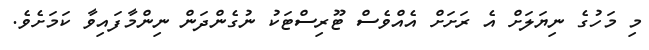
މި މަހުގެ ނިޔަލަށް އެ ރަށަށް އެއްވެސް ޓޫރިސްޓަކު ނުގެންދަން ނިންމާފައިވާ ކަމަށެވެ.